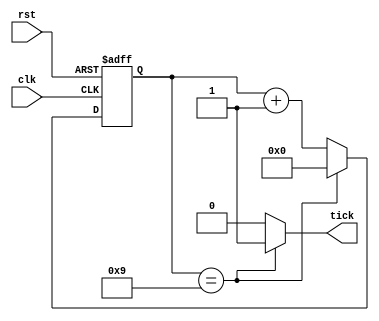
`timescale 1ns / 1ps
/*

wire tick;

mod_m_timer 
#(.N(),.M())
sound_uart_timer(
	 .clk	(clk),
	 .rst	(rst),
	 .tick	(tick)
);

*/
module mod_m_timer
	#(
		parameter 	N=4, // number of bits in timer counter
					M=10 // mod-M
	)
	(
		input wire clk, rst,
		output wire tick
    );

	reg  [N-1:0] counter;
	wire [N-1:0] counter_next;
	
	always @(posedge clk, posedge rst)
		if (rst)
			counter <= 0;
		else
			counter <= counter_next;
			
			
	assign counter_next = (counter == (M-1)) ? 0 : counter + 1;
	
	assign tick = (counter == (M-1)) ? 1'b1 : 1'b0;
	
endmodule